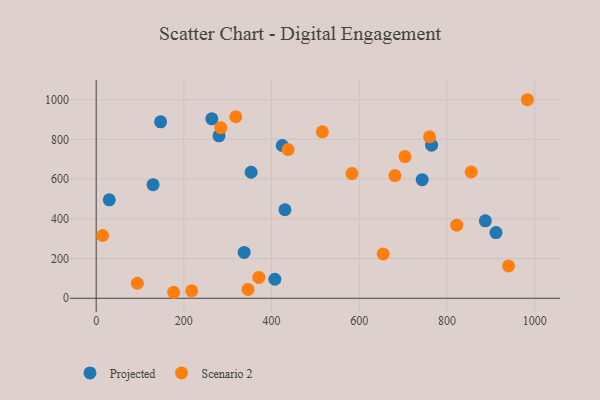
{"axis": {"x": "Price", "y": "Sales"}, "legend": ["Projected", "Scenario 2"], "data": [{"x": "129.8", "y": 572.0, "type": "Projected"}, {"x": "146.9", "y": 888.3, "type": "Projected"}, {"x": "911.8", "y": 330.8, "type": "Projected"}, {"x": "424.3", "y": 769.1, "type": "Projected"}, {"x": "263.7", "y": 903.4, "type": "Projected"}, {"x": "353.4", "y": 634.3, "type": "Projected"}, {"x": "29.9", "y": 495.3, "type": "Projected"}, {"x": "764.9", "y": 770.6, "type": "Projected"}, {"x": "337.5", "y": 230.8, "type": "Projected"}, {"x": "280.2", "y": 817.7, "type": "Projected"}, {"x": "743.5", "y": 597.2, "type": "Projected"}, {"x": "430.5", "y": 445.7, "type": "Projected"}, {"x": "407.5", "y": 95.8, "type": "Projected"}, {"x": "887.5", "y": 389.9, "type": "Projected"}, {"x": "370.8", "y": 105.1, "type": "Scenario 2"}, {"x": "855.3", "y": 636.0, "type": "Scenario 2"}, {"x": "217.9", "y": 37.7, "type": "Scenario 2"}, {"x": "704.2", "y": 713.1, "type": "Scenario 2"}, {"x": "176.7", "y": 30.2, "type": "Scenario 2"}, {"x": "93.9", "y": 75.7, "type": "Scenario 2"}, {"x": "983.4", "y": 999.4, "type": "Scenario 2"}, {"x": "284.2", "y": 858.8, "type": "Scenario 2"}, {"x": "760.3", "y": 812.9, "type": "Scenario 2"}, {"x": "14.7", "y": 316.0, "type": "Scenario 2"}, {"x": "681.2", "y": 617.4, "type": "Scenario 2"}, {"x": "318.4", "y": 913.7, "type": "Scenario 2"}, {"x": "583.3", "y": 627.6, "type": "Scenario 2"}, {"x": "346.3", "y": 44.3, "type": "Scenario 2"}, {"x": "822.3", "y": 368.0, "type": "Scenario 2"}, {"x": "437.6", "y": 748.3, "type": "Scenario 2"}, {"x": "940.4", "y": 162.7, "type": "Scenario 2"}, {"x": "654.5", "y": 223.2, "type": "Scenario 2"}, {"x": "515.9", "y": 838.0, "type": "Scenario 2"}]}